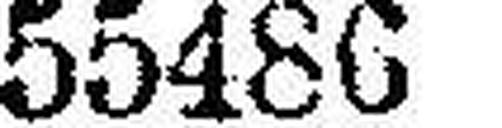
55486